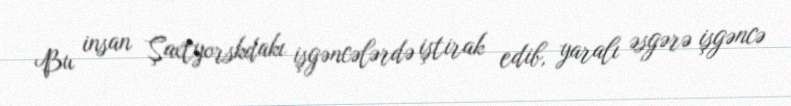
Bu insan Şaxtyorskdakı işgəncələrdə iştirak edib, yaralı əsgərə işgəncə